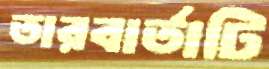
তারবার্তাটি